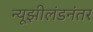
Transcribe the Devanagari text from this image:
न्यूझीलंडनंतर